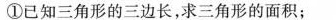
①已知三角形的三边长，求三角形的面积；